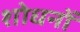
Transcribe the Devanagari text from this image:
शोधनों